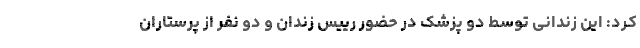
کرد: این زندانی توسط دو پزشک در حضور رییس زندان و دو نفر از پرستاران